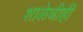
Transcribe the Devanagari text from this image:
शाळेचीही